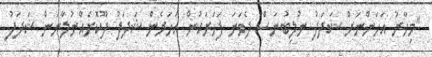
"މިހާރު އަހަންނަށް ޝަދަފު ނުލިބުނަސް ދެވަނަ ފަހަރަކުން އަހަރެން ޝަދަފު ދޫކޮށެއްނުލާނަން ޝަދަފު